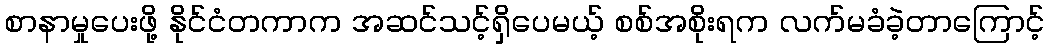
စာနာမှုပေးဖို့ နိုင်ငံတကာက အဆင်သင့်ရှိပေမယ့် စစ်အစိုးရက လက်မခံခဲ့တာကြောင့်